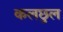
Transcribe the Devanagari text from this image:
कलछुल